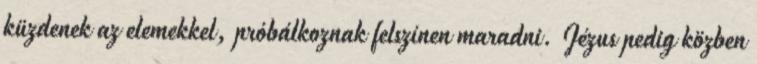
küzdenek az elemekkel, próbálkoznak felszínen maradni. Jézus pedig közben